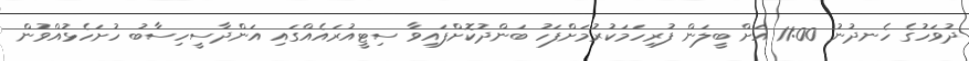
ދުވަހުގެ ހެނދުނު 11:00 އަށް ބީލަން ފުރިހަމަކުރުމަށްފަހު ބަންދުކޮށްފައިވާ ސިޓީއުރައެއްގައި އަންދާސީހިސާބު ހުށަހެޅުއްވުން